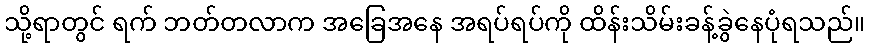
သို့ရာတွင် ရက် ဘတ်တလာက အခြေအနေ အရပ်ရပ်ကို ထိန်းသိမ်းခန့်ခွဲနေပုံရသည်။